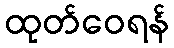
ထုတ်ဝေရန်